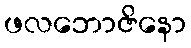
ဖလဘောဇိနော